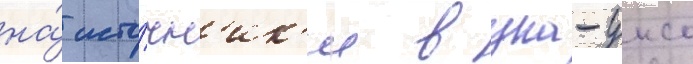
на́ исто́чн'ик'и в уна-унсо